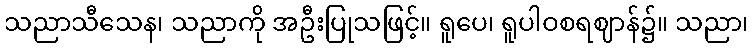
သညာသီသေန၊ သညာကို အဦးပြုသဖြင့်။ ရူပေ၊ ရူပါဝစရဈာန်၌။ သညာ၊